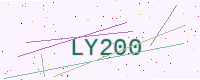
Text: LY200